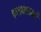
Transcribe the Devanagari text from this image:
रूपमापन्नं